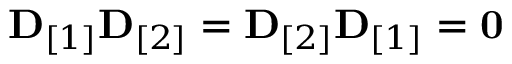
\begin{array} { r } { { \bf D } _ { [ 1 ] } { \bf D } _ { [ 2 ] } = { \bf D } _ { [ 2 ] } { \bf D } _ { [ 1 ] } = { \bf 0 } } \end{array}